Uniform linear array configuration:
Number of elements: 24
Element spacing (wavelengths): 0.25
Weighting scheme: blackman
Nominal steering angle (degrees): -30
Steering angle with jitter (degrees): -30.844
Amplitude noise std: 0.05
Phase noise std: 0.05

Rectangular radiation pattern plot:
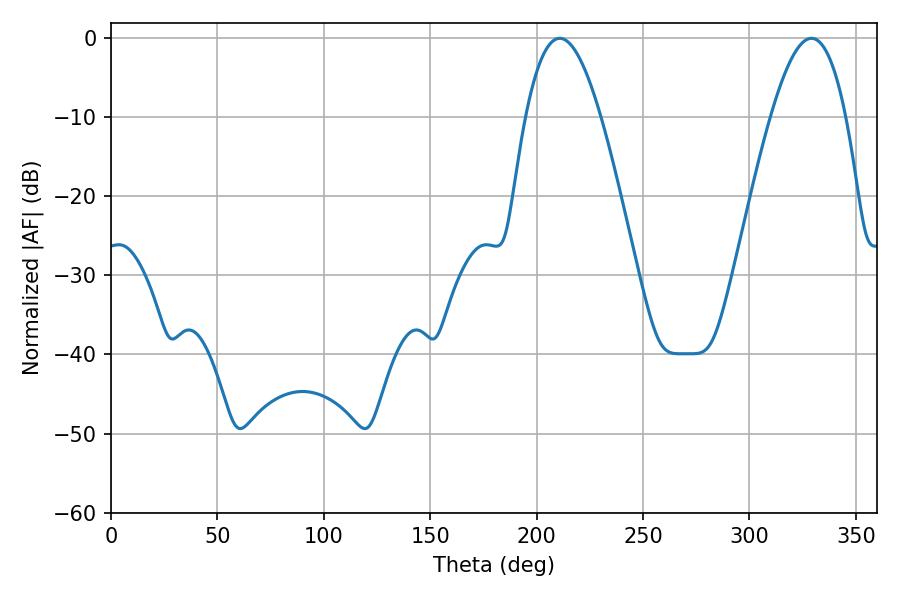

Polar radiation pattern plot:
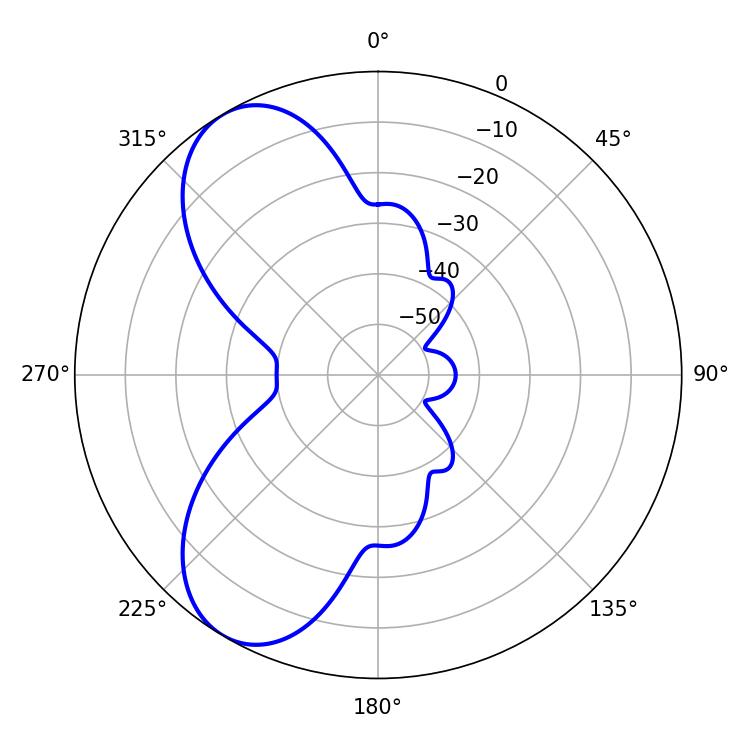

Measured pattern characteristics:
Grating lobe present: FALSE
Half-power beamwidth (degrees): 19.26
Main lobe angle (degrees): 210.78